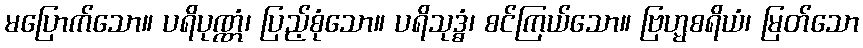
မပြောက်သော။ ပရိပုဏ္ဏံ၊ ပြည့်စုံသော။ ပရိသုဒ္ဓံ၊ စင်ကြယ်သော။ ဗြဟ္မစရိယံ၊ မြတ်သော